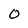
Character: O